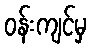
ဝန်းကျင်မှ